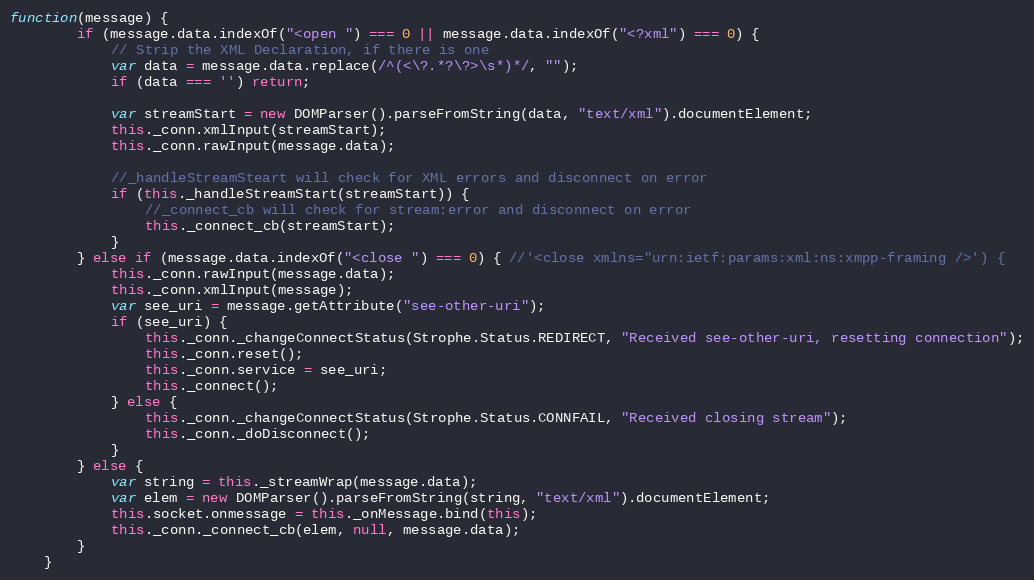
Language: JavaScript
function(message) {
        if (message.data.indexOf("<open ") === 0 || message.data.indexOf("<?xml") === 0) {
            // Strip the XML Declaration, if there is one
            var data = message.data.replace(/^(<\?.*?\?>\s*)*/, "");
            if (data === '') return;

            var streamStart = new DOMParser().parseFromString(data, "text/xml").documentElement;
            this._conn.xmlInput(streamStart);
            this._conn.rawInput(message.data);

            //_handleStreamSteart will check for XML errors and disconnect on error
            if (this._handleStreamStart(streamStart)) {
                //_connect_cb will check for stream:error and disconnect on error
                this._connect_cb(streamStart);
            }
        } else if (message.data.indexOf("<close ") === 0) { //'<close xmlns="urn:ietf:params:xml:ns:xmpp-framing />') {
            this._conn.rawInput(message.data);
            this._conn.xmlInput(message);
            var see_uri = message.getAttribute("see-other-uri");
            if (see_uri) {
                this._conn._changeConnectStatus(Strophe.Status.REDIRECT, "Received see-other-uri, resetting connection");
                this._conn.reset();
                this._conn.service = see_uri;
                this._connect();
            } else {
                this._conn._changeConnectStatus(Strophe.Status.CONNFAIL, "Received closing stream");
                this._conn._doDisconnect();
            }
        } else {
            var string = this._streamWrap(message.data);
            var elem = new DOMParser().parseFromString(string, "text/xml").documentElement;
            this.socket.onmessage = this._onMessage.bind(this);
            this._conn._connect_cb(elem, null, message.data);
        }
    }